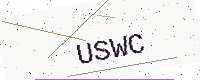
Text: USWC